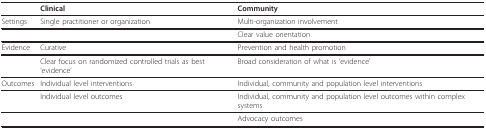
|  | Clinical | Community |
 | --- | --- | --- |
 | Settings | Single practitioner or organization | Multi-organization involvement |
 |  |  | Clear value orientation |
 | Evidence | Curative | Prevention and health promotion |
 |  | Clear focus on randomized controlled trials as best 'evidence' | Broad consideration of what is 'evidence' |
 | Outcomes | Individual level interventions | Individual, community and population level interventions |
 |  | Individual level outcomes | Individual, community and population level outcomes within complex systems |
 |  |  | Advocacy outcomes |